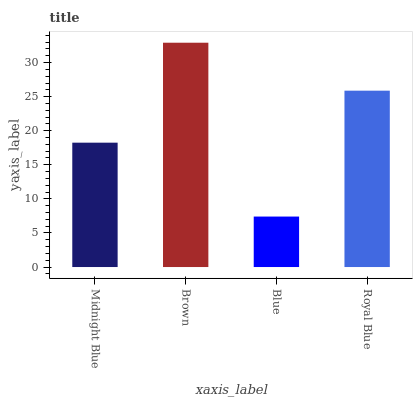
| xaxis_label | bars |
 | --- | --- |
 | Midnight Blue | 18.2 |
 | Brown | 32.9 |
 | Blue | 7.41 |
 | Royal Blue | 25.9 |